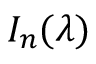
I _ { n } ( \lambda )